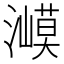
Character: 㵹